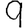
Digit: 9